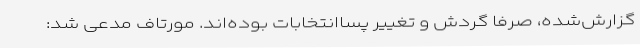
گزارش‌شده، صرفاً گردش و تغییر پساانتخابات بوده‌اند. مورتاف مدعی شد: